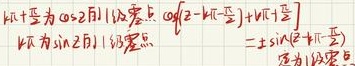
$z + 1$变为$|z + 2|$的零点，$\cos\left(z - \frac{\pi}{2}\right) + |z + 1|$。$z + 1$为$\sin 2z$的零点，$\pm\frac{\pi}{4}$为$1$级零点。